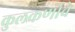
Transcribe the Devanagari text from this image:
कुलकर्णाचे